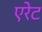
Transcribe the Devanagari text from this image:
एरेट